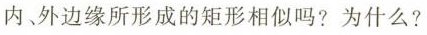
内、外边缘所形成的矩形相似吗?为什么?